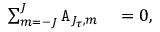
\begin{array} { r l } { \sum _ { m = - J } ^ { J } \mathtt { A } _ { J _ { \tau } , m } } & { { } = 0 , } \end{array}